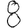
Digit: 8